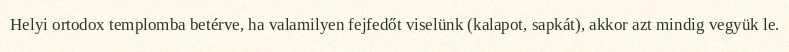
Helyi ortodox templomba betérve, ha valamilyen fejfedőt viselünk (kalapot, sapkát), akkor azt mindig vegyük le.